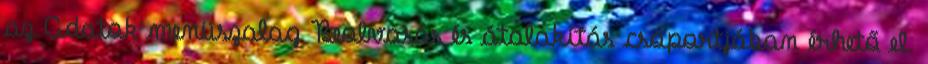
az Adatok menüszalag Beolvasás és átalakítás csoportjában érhető el.